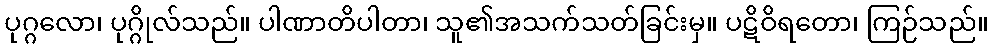
ပုဂ္ဂလော၊ ပုဂ္ဂိုလ်သည်။ ပါဏာတိပါတာ၊ သူ၏အသက်သတ်ခြင်းမှ။ ပဋိဝိရတော၊ ကြဉ်သည်။